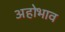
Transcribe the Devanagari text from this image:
अहोभाव